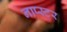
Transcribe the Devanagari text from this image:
नाप्स्टर